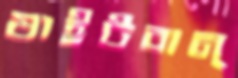
ষাইটবান্